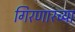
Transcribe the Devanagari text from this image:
गिरणारच्या